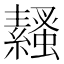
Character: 𧔓